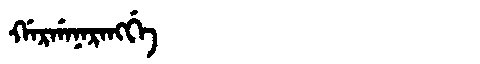
Manchu: ᡤᠠᡵᡤᠠᠨᠠᡵᠠᠩᡤᡝ
Romanization: GARGANARANGGE